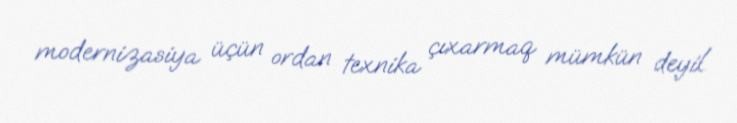
modernizasiya üçün ordan texnika çıxarmaq mümkün deyil.